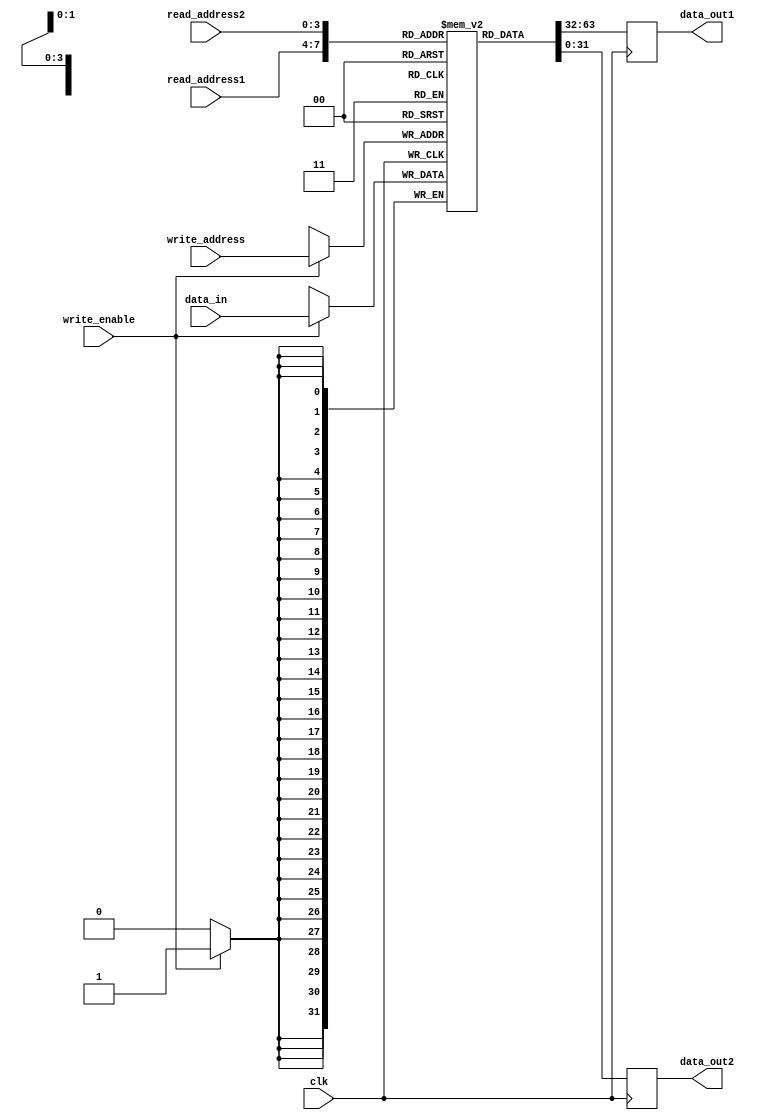
module register_file (
  input wire clk,
  input wire [3:0] write_address,
  input wire [3:0] read_address1,
  input wire [3:0] read_address2,
  input wire [31:0] data_in,
  output reg [31:0] data_out1,
  output reg [31:0] data_out2,
  input wire write_enable
);

reg [31:0] reg_file [15:0];

always @(posedge clk) begin
  if (write_enable) begin
    reg_file[write_address] <= data_in;
  end
  data_out1 <= reg_file[read_address1];
  data_out2 <= reg_file[read_address2];
end

endmodule